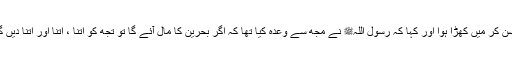
یہ سن کر میں کھڑا ہوا اور کہا کہ رسول اللہﷺ نے مجھ سے وعدہ کیا تھا کہ اگر بحرین کا مال آئے گا تو تجھ کو اتنا ، اتنا اور اتنا دیں گے۔